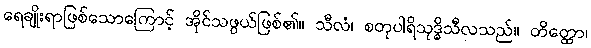
ရေချိုးရာဖြစ်သောကြောင့် အိုင်သဖွယ်ဖြစ်၏။ သီလံ၊ စတုပါရိသုဒ္ဓိသီလသည်။ တိတ္ထော၊